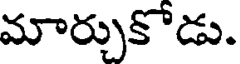
మార్చుకొడు.